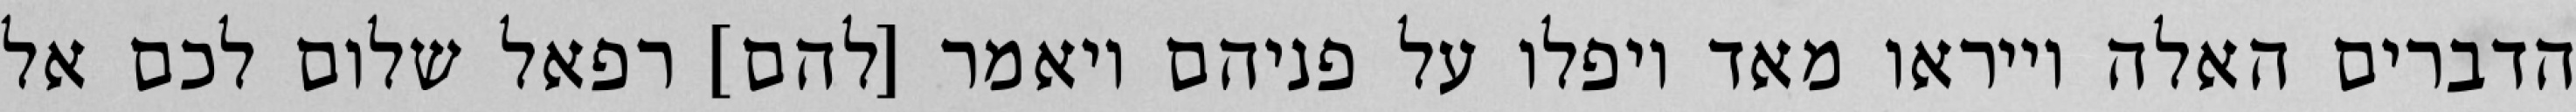
הדברים האלה וייראו מאד ויפלו על פניהם ויאמר [להם] רפאל שלום לכם אל